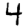
Digit: 4